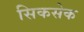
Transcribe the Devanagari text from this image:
सिकसेक